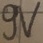
Text: 9V